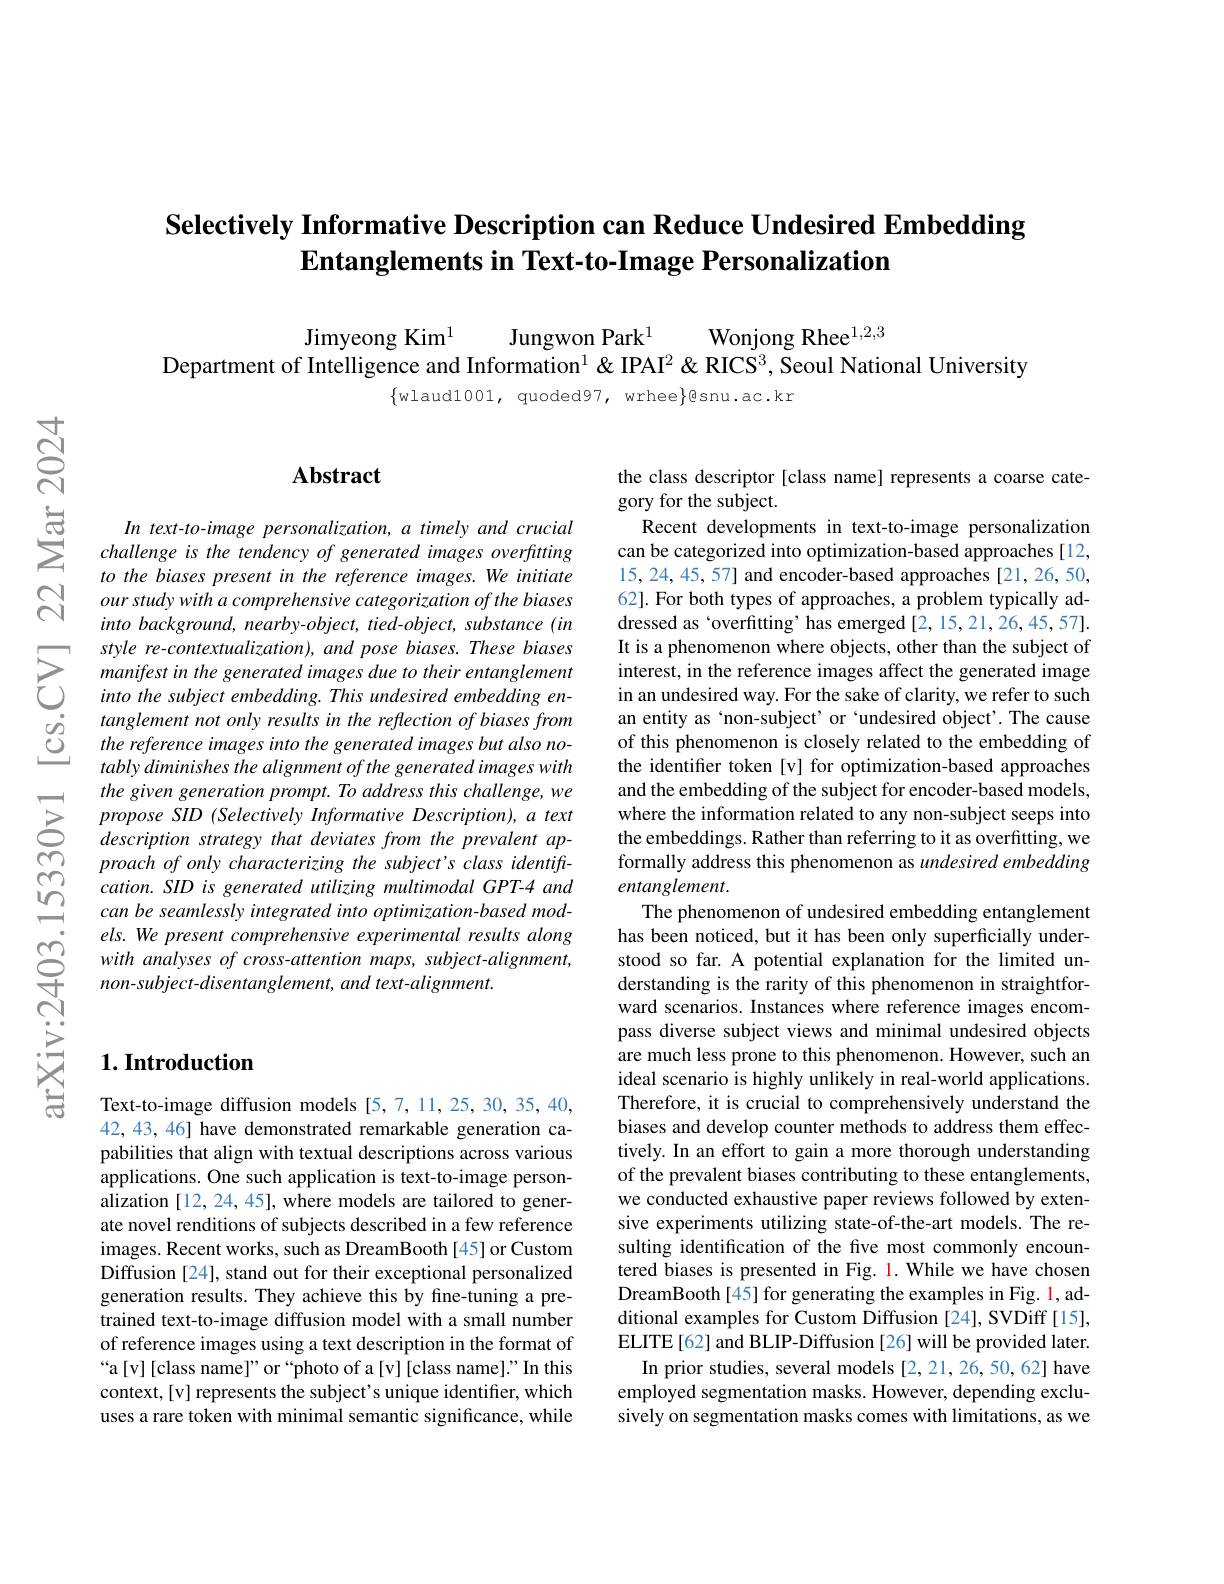
# Selectively Informative Description can Reduce Undesired Embedding $\textbf{Entanglements in Text- to- Image Personalization}$

Jimyeong Kim$^{1}$
Jungwon Park$^{1}$
Wonjong Rhee$^{1,2,3}$
Department of Intelligence and Information$^1\&$ IPAI$^2\&$ RICS$^3$, Seoul National University

$\{$wlaud1001, quoded97, wrhee$\}$@snu.ac.kr

## Abstract

In text-to-image personalization, a timely and crucial challenge is the tendency of generated images overfuting to the biases present in the reference images. We initiate
$\begin{aligned}&\text{io ine olases present in the rejerence tmages.we intiare\\ C our study with a comprehensive categorization of the biases}\\&\text{into backaraund naarbu obiaat tiad obiant subiana(in)}\end{aligned}$
into background, nearby-object, tied-object, substance (in style re-contextualization), and pose biases. These biases manifest in the generated images due to their entanglement into the subject embedding. This undesired embedding entanglement not only results in the reflection of biases from the reference images into the generated images but also notably diminishes the alignment of the generated images with the given generation prompt. To address this challenge, we propose SID (Selectively Informative Description), a text description strategy that deviates from the prevalent approach of only characterizing the subject's class identiftcation. SID is generated utilizing multimodal GPT-4 and can be seamlessly integrated into optimization-based models. We present comprehensive experimental results along
$\begin{array}{ccc}{}\mathrm{ets.~we~presen~comprenenstve~expermentaresuns~atong}\\{\textcircled{-}}&{with~analyses~of~cross-attention~maps,~subject-alignment,}\\{\: non-subject-disentanglement,~and~text-alignment.}\end{array} $

the class descriptor [class name] represents a coarse cate-
gory for the subject.
Recent developments in text-to-image personalization

can be categorized into optimization-based approaches [12, 15,24,45,57] and encoder-based approaches [21,26,50, 62]. For both types of approaches, a problem typically addressed as‘overfitting’has emerged[2,15,21,26,45,57]. It is a phenomenon where objects, other than the subject of interest, in the reference images affect the generated image in an undesired way. For the sake of clarity, we refer to such an entity as `non-subject' or `undesired object'. The cause of this phenomenon is closely related to the embedding of the identifier token [v] for optimization-based approaches and the embedding of the subject for encoder-based models, where the information related to any non-subject seeps into the embeddings. Rather than referring to it as overfitting, we formally address this phenomenon as undesired embedding entanglement.
The phenomenon of undesired embedding entanglement has been noticed, but it has been only superficially understood so far. A potential explanation for the limited understanding is the rarity of this phenomenon in straightforward scenarios. Instances where reference images encompass diverse subject views and minimal undesired objects are much less prone to this phenomenon. However, such an ideal scenario is highly unlikely in real-world applications. Therefore, it is crucial to comprehensively understand the biases and develop counter methods to address them effectively. In an effort to gain a more thorough understanding of the prevalent biases contributing to these entanglements, we conducted exhaustive paper reviews followed by extensive experiments utilizing state-of-the-art models. The resulting identification of the five most commonly encountered biases is presented in Fig. 1. While we have chosen DreamBooth[45] for generating the examples in Fig. 1, additional examples for Custom Diffusion [24], SVDiff [15], ELITE[62] and BLIP-Diffusion [26] will be provided later.
In prior studies, several models [2, 21, 26, 50, 62] have employed segmentation masks. However, depending exclusively on segmentation masks comes with limitations, as we

## $1. \textbf{Introduction}$

Text-to-image diffusion models [5,7,11,25,30,35,40, 42, 43, 46] have demonstrated remarkable generation capabilities that align with textual descriptions across various applications. One such application is text-to-image personalization [12, 24, 45], where models are tailored to generate novel renditions of subjects described in a few reference images. Recent works, such as DreamBooth[45] or Custom Diffusion [24], stand out for their exceptional personalized generation results. They achieve this by fine-tuning a pretrained text-to-image diffusion model with a small number of reference images using a text description in the format of “a[v][class name]”or“photo of a[v][class name]." In this context,[v] represents the subject's unique identiffer, which uses a rare token with minimal semantic significance, while